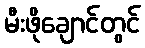
မီးဖိုချောင်တွင်